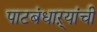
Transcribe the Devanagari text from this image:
पाटबंधाऱ्यांची